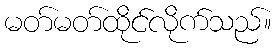
မတ်မတ်ထိုင်လိုက်သည်။